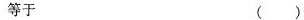
等于 ( )